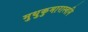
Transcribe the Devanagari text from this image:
मुथुकुमारास्वमि